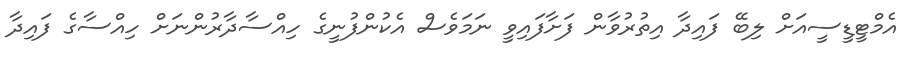
އެމްޓީޑީސީއަށް ލިބޭ ފައިދާ އިތުރުވާން ފަށާފައިވީ ނަމަވެސް އެކުންފުނީގެ ހިއްސާދާރުންނަށް ހިއްސާގެ ފައިދާ